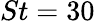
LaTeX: St=30